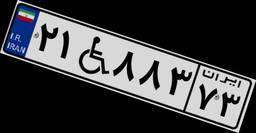
۲۱W۸۸۳۷۳